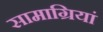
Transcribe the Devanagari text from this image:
सामाग्रियां